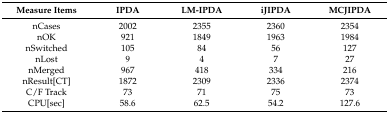
| Measure Items | IPDA | LM-IPDA | iJIPDA | MCJIPDA |
 | --- | --- | --- | --- | --- |
 | nCases | 2002 | 2355 | 2360 | 2354 |
 | nOK | 921 | 1849 | 1963 | 1984 |
 | nSwitched | 105 | 84 | 56 | 127 |
 | nLost | 9 | 4 | 7 | 27 |
 | nMerged | 967 | 418 | 334 | 216 |
 | nResult[CT] | 1872 | 2309 | 2336 | 2374 |
 | C/F Track | 73 | 71 | 75 | 73 |
 | CPU[sec] | 58.6 | 62.5 | 54.2 | 127.6 |